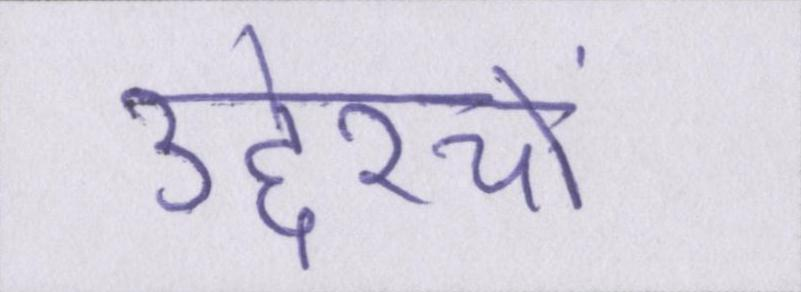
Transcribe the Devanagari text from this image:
उद्देश्यों